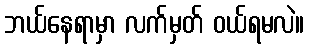
ဘယ်နေရာမှာ လက်မှတ် ဝယ်ရမလဲ။